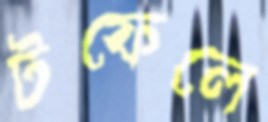
টফেলে